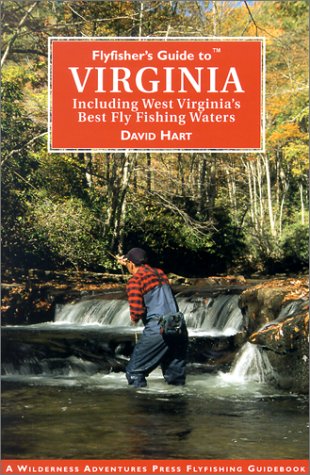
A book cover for Flyfisher's Guide to the Virginias: Including West Virginia's Best Fly Waters (Flyfisher's Guides); David Hart; Travel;